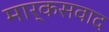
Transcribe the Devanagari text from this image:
मार्कसवाद